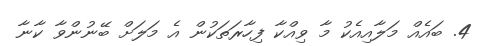
4. ބައެއް މަލާއިއެކު މާ ވިއްކާ ފިހާރަތަކުން އެ މަލަށް ބޭނުންވާ ކާނާ